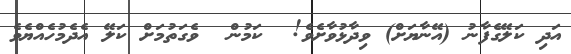
އަދި ކަލޭގެފާނު (އޭނާޔަށް) ވިދާޅުވާށެވެ!  ކަމުން  ވެގަތުމަށް ކަލޭ އެދެމުހެއްޔެވެ